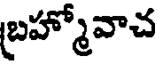
బ్రహ్మోవాచ